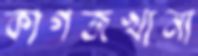
কাগজখানা